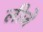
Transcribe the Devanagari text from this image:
लीजे